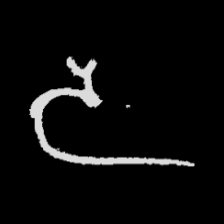
Pyu character \u2014 Myanmar letter: ဒ (romanized: da)